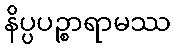
နိပ္ပပဉ္စာရာမဿ